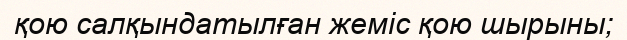
қою салқындатылған жеміс қою шырыны;